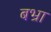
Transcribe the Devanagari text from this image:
बभ्रा